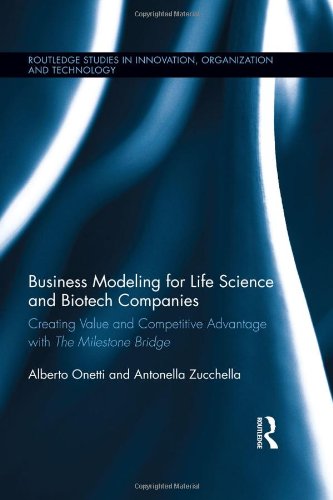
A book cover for Business Modeling for Life Science and Biotech Companies: Creating Value and Competitive Advantage with the Milestone Bridge (Routledge Studies in Innovation, Organization and Technology); Alberto Onetti; Business & Money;